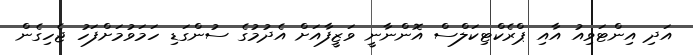
އަދި އިންޓަވިއު އާއި ޕްރެކްޓިކަލްސް އޮންނާނީ ވަޒީފާއަށް އެދުމުގެ ސުންގަޑި ހަމަވުމަށްފަހު ޖެހިގެން